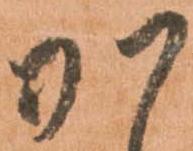
か